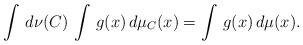
LaTeX: \begin{align*}\int \, d\nu(C) \, \int \, g(x) \, d\mu_C (x) = \int \, g(x) \, d \mu(x).\end{align*}